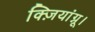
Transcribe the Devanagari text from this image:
क्ज़ियांग्नू।